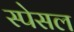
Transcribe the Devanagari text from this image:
स्पेसल